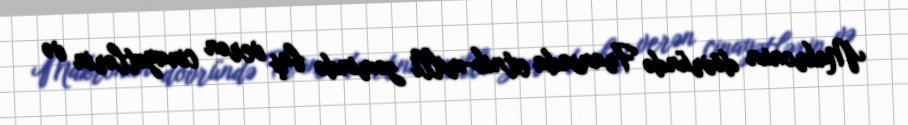
Makronun dövründə Fransada etnik-milli zəmində baş verən cinayətlərin və